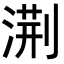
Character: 𭱧